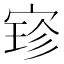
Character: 𫳚